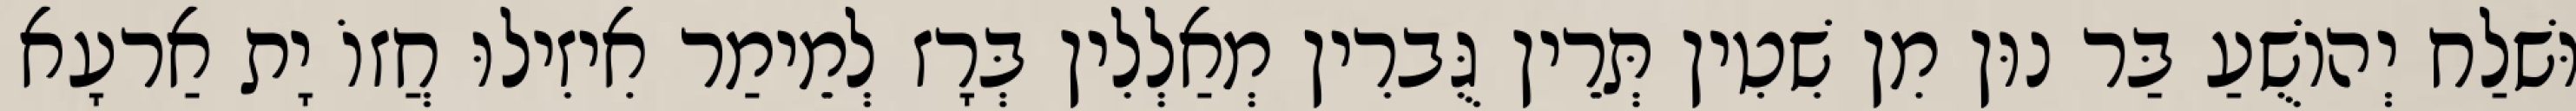
וּשׁלַח יְהוֹשֻׁעַ בַּר נוּן מִן שִׁטִין תְּרֵין גֻּברִין מְאַלְלִין בְּרָז לְמֵימַר אִיזִילוּ חֲזוֹ יָת אַרעָא